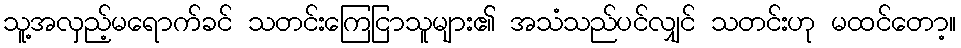
သူ့အလှည့်မရောက်ခင် သတင်းကြေငြာသူများ၏ အသံသည်ပင်လျှင် သတင်းဟု မထင်တော့။